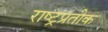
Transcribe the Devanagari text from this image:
राष्ट्रप्रतीक